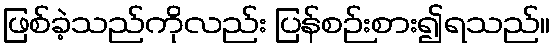
ဖြစ်ခဲ့သည်ကိုလည်း ပြန်စဉ်းစား၍ရသည်။